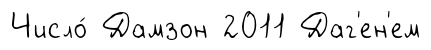
Число́ Дамзон 2011 Даг'ен'ем